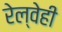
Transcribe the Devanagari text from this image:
रेल्वेही